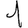
Digit: 1